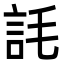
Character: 䚽